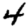
Digit: 4